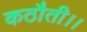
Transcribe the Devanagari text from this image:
कठौती।।